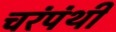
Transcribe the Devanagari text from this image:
चरंपंथी